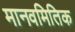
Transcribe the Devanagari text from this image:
मानवमितिक